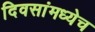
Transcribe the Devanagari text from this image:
दिवसांमध्येच